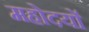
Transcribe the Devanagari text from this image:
महोदयों